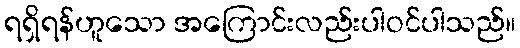
ရရှိရန်ဟူသော အကြောင်းလည်းပါဝင်ပါသည်။